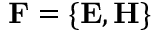
\mathbf { F } = \lbrace \mathbf { E } , \mathbf { H } \rbrace